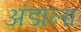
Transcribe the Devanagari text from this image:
अंडाला